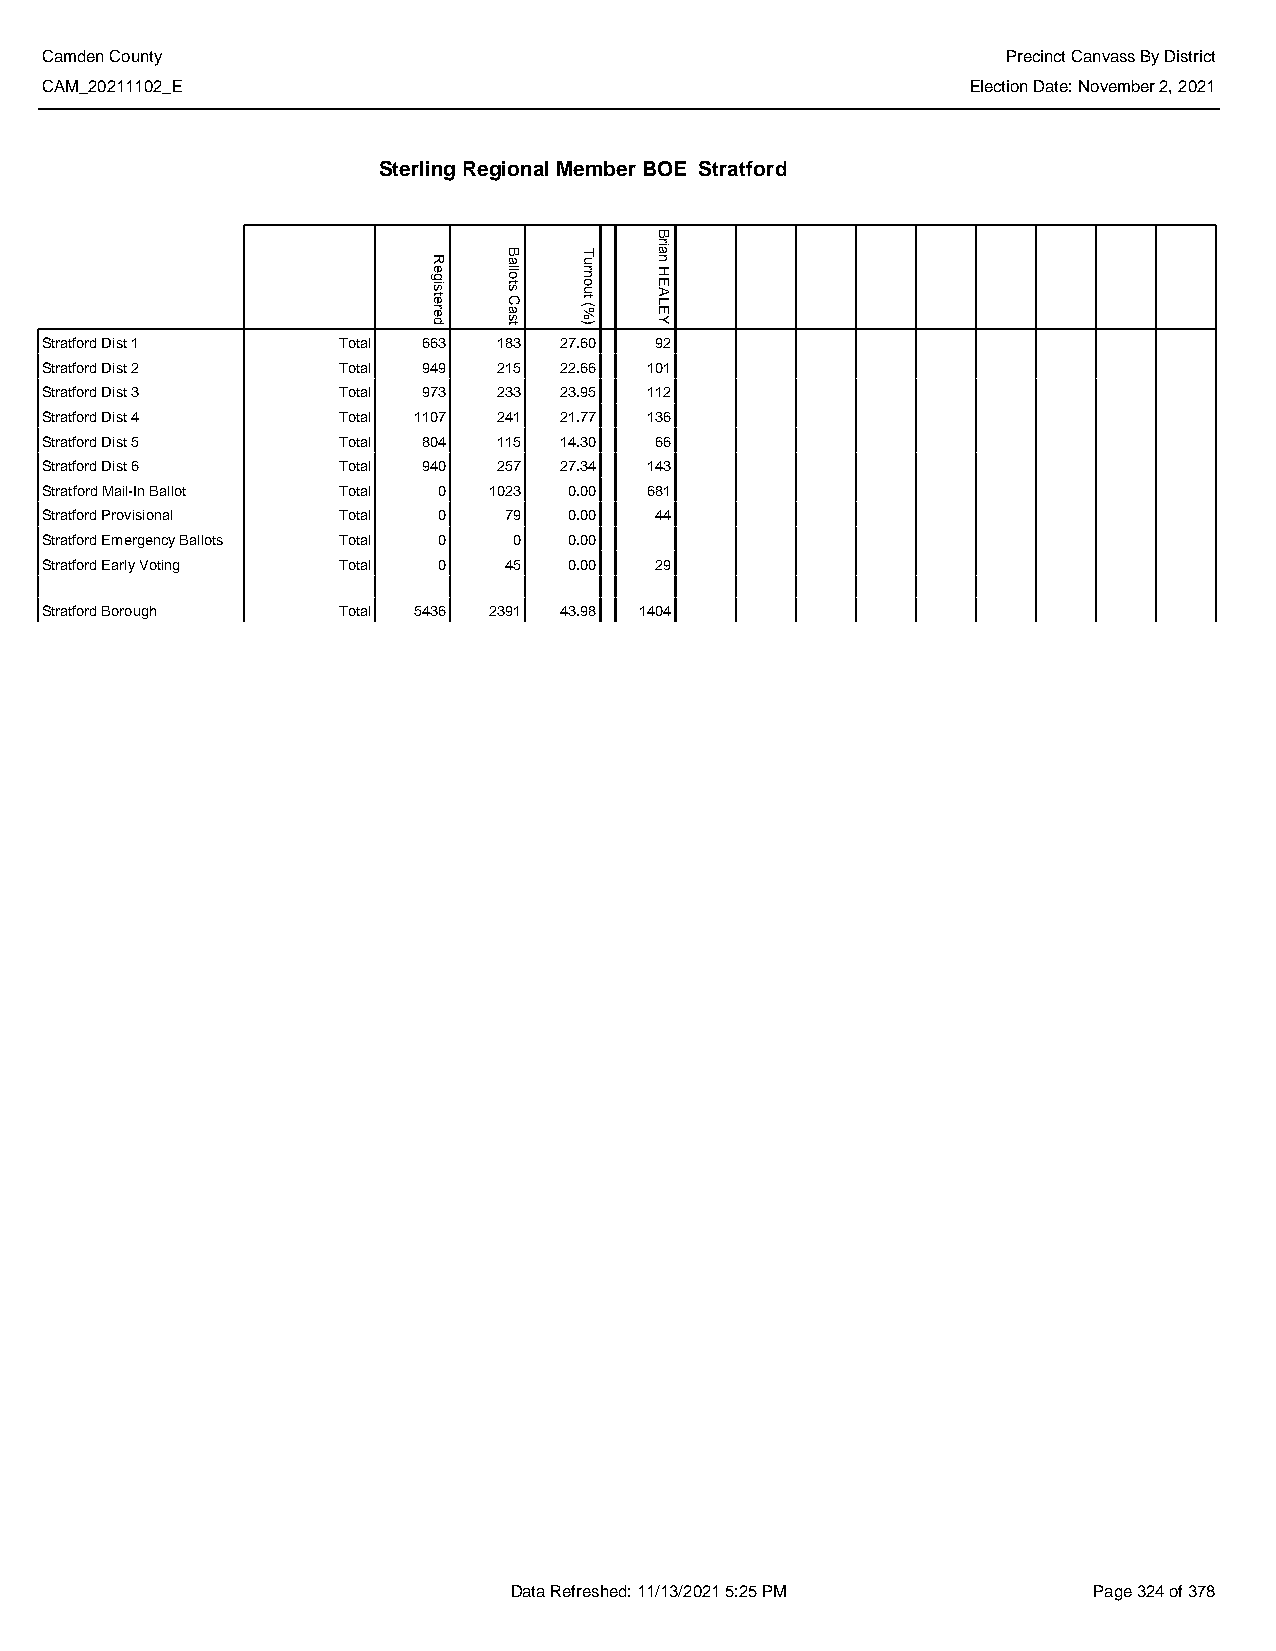
Camden County                                                   Precinct Canvass By District
 CAM_20211102_E                                               Election Date: November 2, 2021
 Sterling Regional Member BOE Stratford
 Stratford Dist 1   Total 663  183 27.60 92
 Stratford Dist 2   Total 949  215 22.66 101
 Stratford Dist 3   Total 973  233 23.95 112
 Stratford Dist 4   Total 1107 241 21.77 136
 Stratford Dist 5   Total 804  115 14.30 66
 Stratford Dist 6   Total 940  257 27.34 143
 Stratford Mail-In Ballot Total 0 1023 0.00 681
 Stratford Provisional Total 0 79   0.00 44
 Stratford Emergency Ballots Total 0 0 0.00
 Stratford Early Voting Total 0 45  0.00 29
 Stratford Borough  Total 5436 2391 43.98 1404
 Data Refreshed: 11/13/2021 5:25 PM    Page 324 of 378
 Registered
 Ballots
 Cast
 Turnout
 (%)
 Brian
 HEALEY